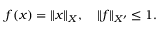
f ( x ) = \| x \| _ { X } , \quad \| f \| _ { X ^ { \prime } } \leq 1 .